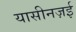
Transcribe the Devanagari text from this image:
यासीनज़ई